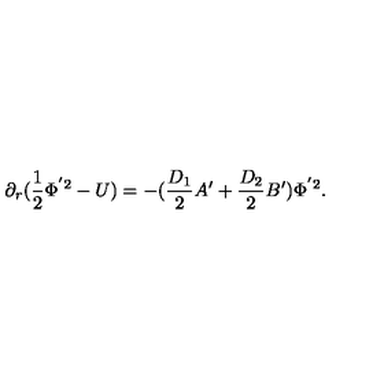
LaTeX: \partial _ { r } ( \frac { 1 } { 2 } \Phi ^ { ' 2 } - U ) = - ( \frac { D _ { 1 } } { 2 } A ^ { \prime } + \frac { D _ { 2 } } { 2 } B ^ { \prime } ) \Phi ^ { ' 2 } .